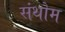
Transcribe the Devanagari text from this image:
संथोम